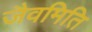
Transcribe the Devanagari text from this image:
जैवमिति